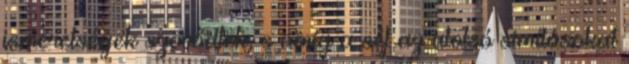
ismeretségek szövődtek, s amíg a séf az utolsó simításokat